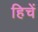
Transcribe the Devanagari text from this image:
हिचें